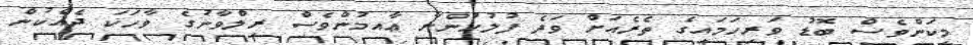
މިކަންވެސް ބޮޑު ވަރިހަމައިގެ ތެރެއަށް ވަދެ ފުލުހުންނާ ޢާއމުންވެސް ރިލްވާނުގެ ވާހަކަ ދެއްކުން